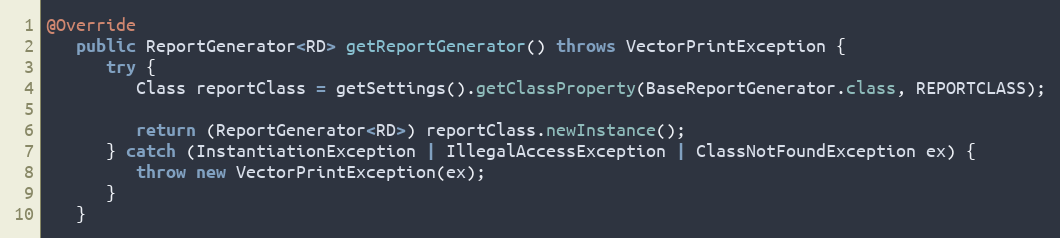
Language: Java
@Override
   public ReportGenerator<RD> getReportGenerator() throws VectorPrintException {
      try {
         Class reportClass = getSettings().getClassProperty(BaseReportGenerator.class, REPORTCLASS);

         return (ReportGenerator<RD>) reportClass.newInstance();
      } catch (InstantiationException | IllegalAccessException | ClassNotFoundException ex) {
         throw new VectorPrintException(ex);
      }
   }